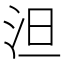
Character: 泹